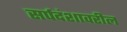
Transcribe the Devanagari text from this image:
सर्पदंशावरील